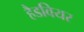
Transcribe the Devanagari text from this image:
हैडवियर